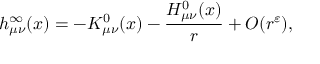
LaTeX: h _ { \mu \nu } ^ { \infty } ( x ) = - K _ { \mu \nu } ^ { 0 } ( x ) - \frac { H _ { \mu \nu } ^ { 0 } ( x ) } { r } + O ( r ^ { \varepsilon } ) ,